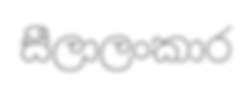
සීලාලංකාර